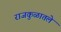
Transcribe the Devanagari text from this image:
राजकुळातले